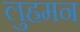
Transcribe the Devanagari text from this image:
लुह्रमन